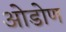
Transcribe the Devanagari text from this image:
ओडोण